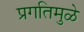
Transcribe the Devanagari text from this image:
प्रगतिमुळे